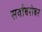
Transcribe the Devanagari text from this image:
सर्वाबरोबर